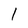
Character: 1